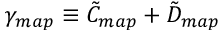
\gamma _ { m a p } \equiv \tilde { C } _ { m a p } + \tilde { D } _ { m a p }